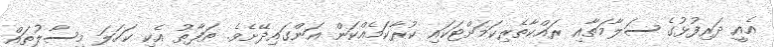
އެއީ ދަރިފުޅުގެ ސަލާމަތާއި ރައްކާތެރިކަމަށްޓަކައި ކުރާކަމެއްކަން އަންގައިދޭށެވެ. ތަފާތު އެކި ކަހަލަ މިސާލުތައް